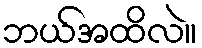
ဘယ်အထိလဲ။